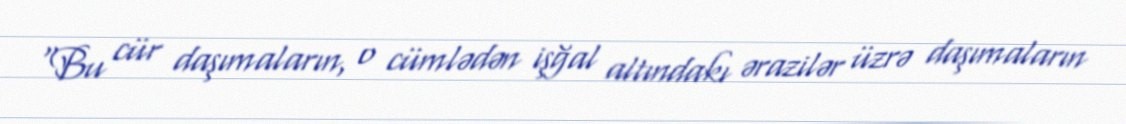
“Bu cür daşımaların, o cümlədən işğal altındakı ərazilər üzrə daşımaların